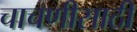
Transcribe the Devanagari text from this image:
चाचणीसाठी